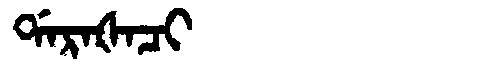
Manchu: ᡩᠠᡵᠠᡧᠠᠴᡳ
Romanization: DARAŠACI